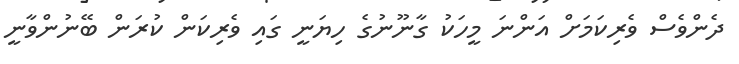
ދެންވެސް ވެރިކަމަށް އަންނަ މީހަކު ގާނޫނުގެ ހިޔަނީ ގައި ވެރިކަން ކުރަން ބޭނުންވާނީ